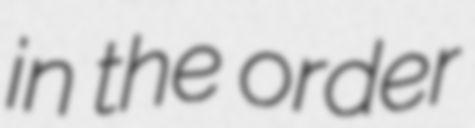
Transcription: in the order